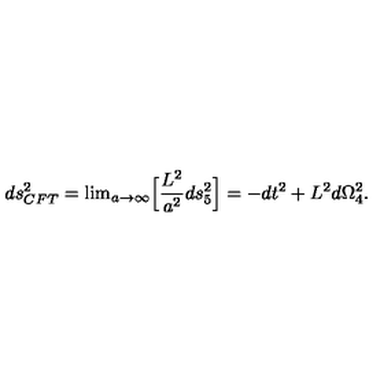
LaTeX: d s _ { C F T } ^ { 2 } = \mathrm { l i m } _ { a \rightarrow \infty } \Big [ { \frac { L ^ { 2 } } { a ^ { 2 } } } d s _ { 5 } ^ { 2 } \Big ] = - d t ^ { 2 } + L ^ { 2 } d \Omega _ { 4 } ^ { 2 } .